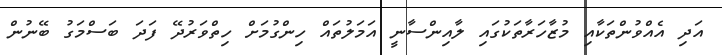
އަދި އެއްވުންތަކާއި މުޒާހަރާތަކުގައި ލާއިންސާނީ އަމަލުތައް ހިންގުމަށް ހިތްވަރުދޭ ފަދަ ބަސްމަގު ބޭނުން